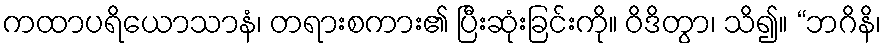
ကထာပရိယောသာနံ၊ တရားစကား၏ ပြီးဆုံးခြင်းကို။ ဝိဒိတွာ၊ သိ၍။ “ဘဂိနိ၊